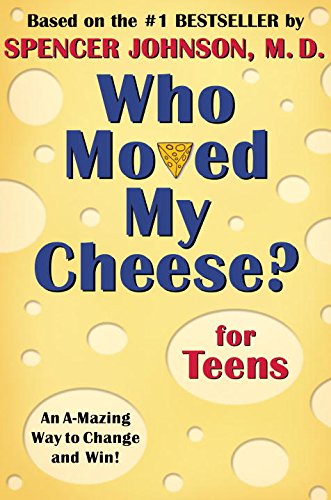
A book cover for Who Moved My Cheese? for Teens; Spencer Johnson; Teen & Young Adult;